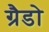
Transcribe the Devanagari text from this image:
ग्रैडो